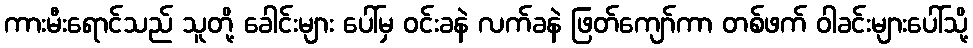
ကားမီးရောင်သည် သူတို့ ခေါင်းများ ပေါ်မှ ဝင်းခနဲ လက်ခနဲ ဖြတ်ကျော်ကာ တစ်ဖက် ဝါခင်းများပေါ်သို့